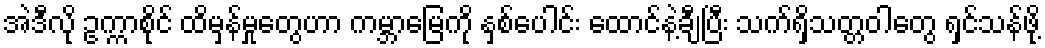
အဲဒီလို ဥက္ကာစိုင် ထိမှန်မှုတွေဟာ ကမ္ဘာမြေကို နှစ်ပေါင်း ထောင်နဲ့ချီပြီး သက်ရှိသတ္တဝါတွေ ရှင်သန်ဖို့